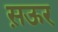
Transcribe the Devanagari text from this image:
स़ऊर